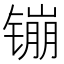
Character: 镚